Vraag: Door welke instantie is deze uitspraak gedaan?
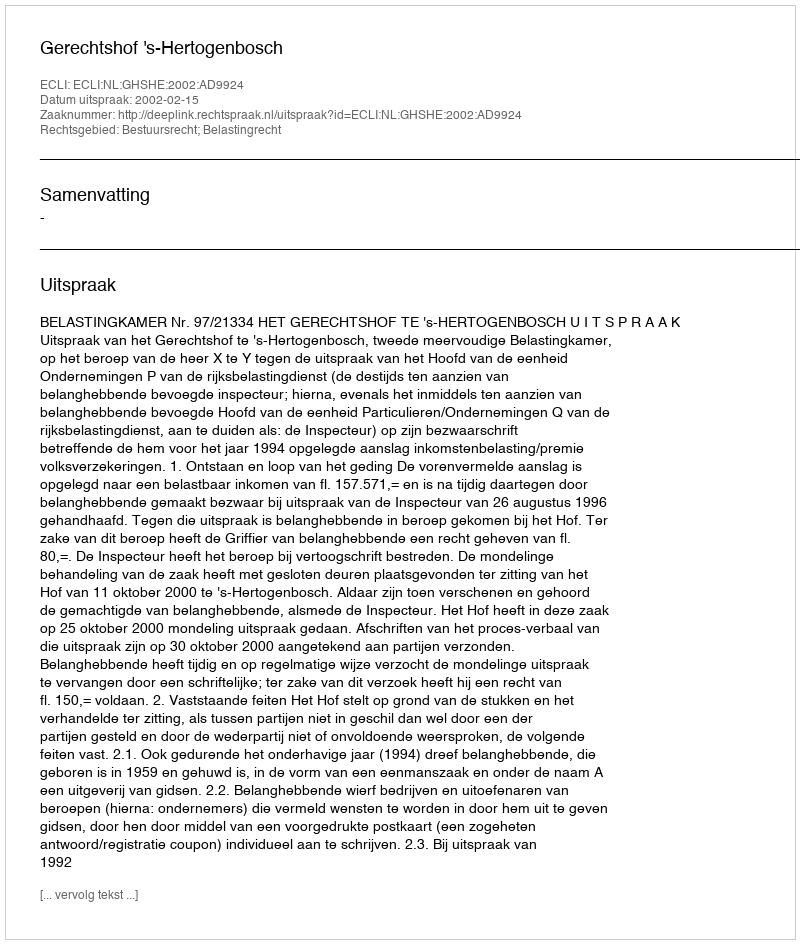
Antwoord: Gerechtshof 's-Hertogenbosch